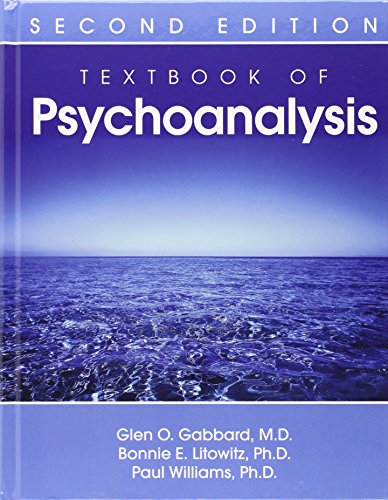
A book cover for Textbook of Psychoanalysis; Glen O. Gabbard; Medical Books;